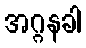
အဂ္ဂနခါ